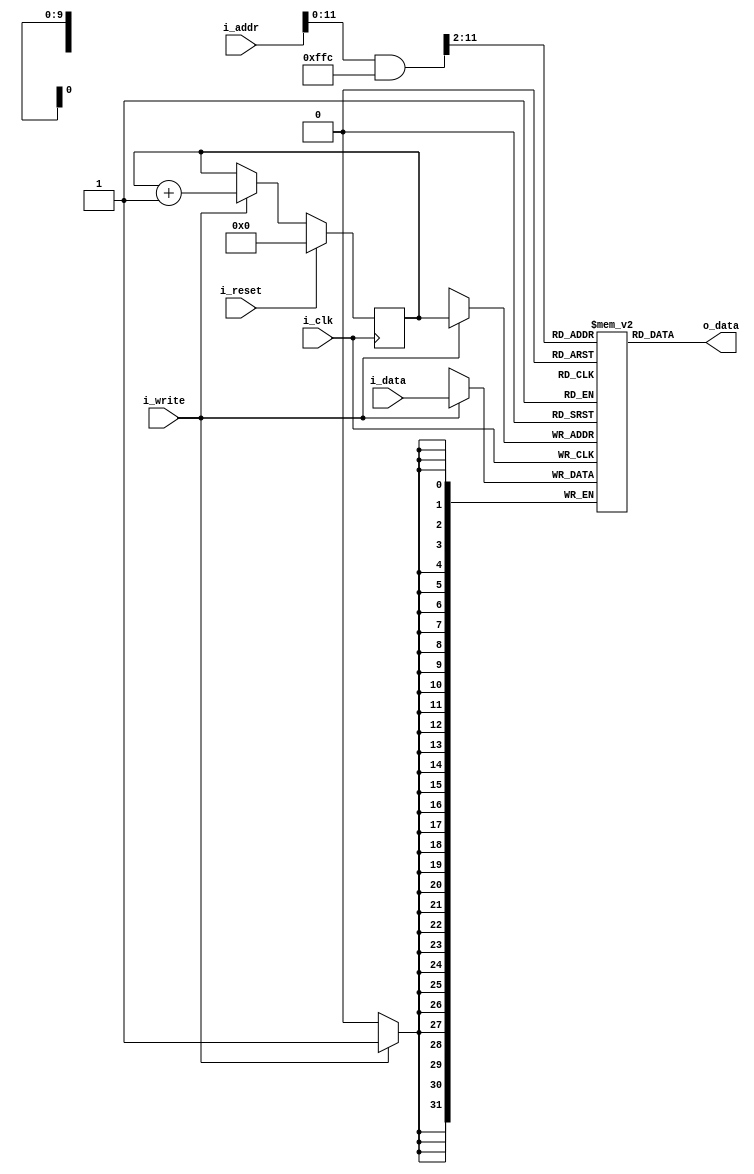
/**

**/

module instruction_mem
    #(
        // Parameters
        parameter   B   =   32,     // Number of bits
        parameter   W   =   10,     // Number of address bits
        parameter   PC  =   32

    )
    (
        // Inputs
        input wire                      i_clk,                      // Clock
        input wire                      i_reset,                    // Reset
        input wire                      i_write,                    // Write Control Line
        input [PC-1 : 0]                i_addr,                     // Address (Program Counter)
        input [B-1 : 0]                 i_data,                     // Instructions to write
        // Outputs
        output [B-1 : 0]                o_data                      // Instructions to Read
    );

    //! Signal Declaration
    // Instruction memory
    reg [B-1 : 0]       array_reg [2**W-1 : 0];
    // Mask to select instruction. Default: 32 Instructions: (25-5-2) 00000000000000000000_1111111111_00
    reg [PC-1 : 0]      mask = {{(PC - W - 2){1'b0}} , {W{1'b1}} , 2'b00};
    // Write Pointers
    reg [W-1 : 0]       write_ptr, write_ptr_next, write_ptr_succ;

    // Body 
    // Write Instructions
    always @(posedge i_clk) 
    begin
        if(i_write)
            begin
                // Write Operation
                array_reg[write_ptr] <= i_data;
            end 
    end

    // Update Instruction Pointer
    always @(posedge i_clk)  
    begin
        if(i_reset)
        begin
            write_ptr <= 0;
        end
        else
        begin
            write_ptr <= write_ptr_next;
        end
    end

    always @(*) 
    begin
        write_ptr_succ = write_ptr + 1;
        write_ptr_next = write_ptr;

        if(i_write)
        begin
            write_ptr_next = write_ptr_succ;
        end    
    end

    initial
    begin
        write_ptr <= 0;
    end

    //! Assignments 
    assign o_data = array_reg[(i_addr & mask) >> 2];

endmodule